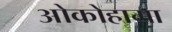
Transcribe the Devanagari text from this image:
ओकोहामा